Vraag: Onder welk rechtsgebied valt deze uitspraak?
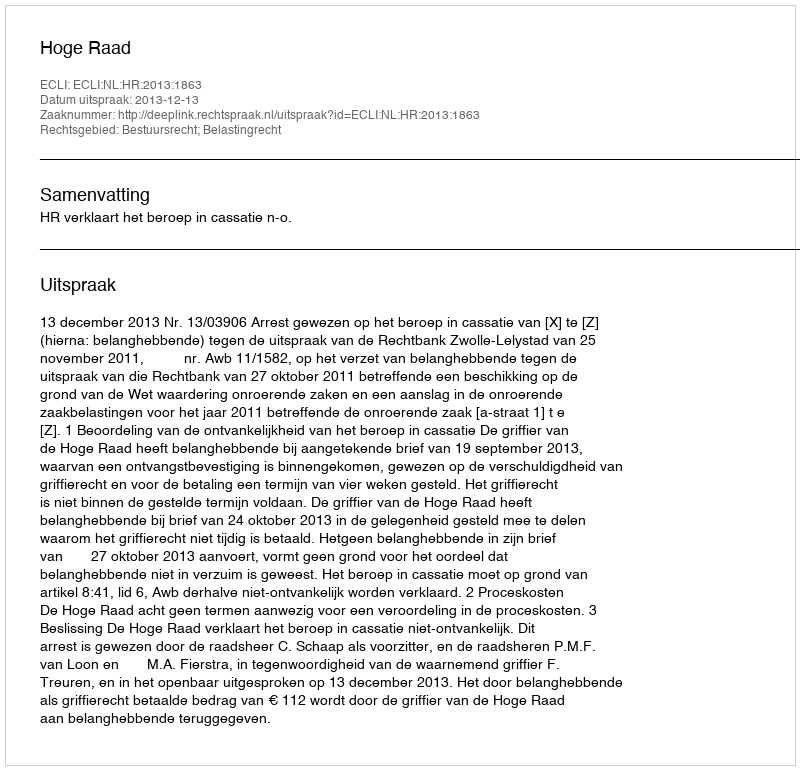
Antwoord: Bestuursrecht; Belastingrecht